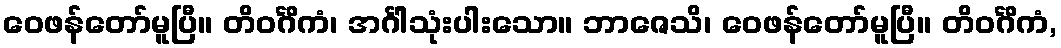
ဝေဖန်တော်မူပြီ။ တိဝင်္ဂိကံ၊ အင်္ဂါသုံးပါးသော။ ဘာဇေသိ၊ ဝေဖန်တော်မူပြီ။ တိဝင်္ဂိကံ,